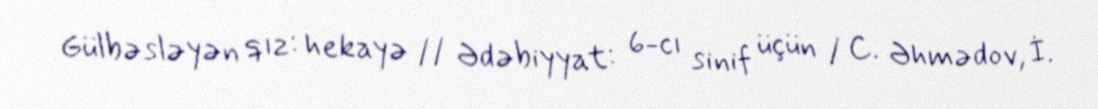
Gülbəsləyən qız: hekayə // Ədəbiyyat: 6-cı sinif üçün / C. Əhmədov, İ.